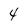
Character: 4